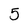
Character: 5